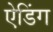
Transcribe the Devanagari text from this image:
ऐडिंग